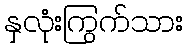
နှလုံးကြွက်သား